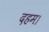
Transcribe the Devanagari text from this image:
दहम।